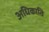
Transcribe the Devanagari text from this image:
अधिकाति